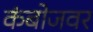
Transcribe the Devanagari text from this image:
कंबोजवर